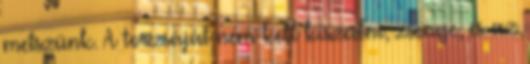
metszünk. A torzsáját nem kell kiszedni, zsenge, és az